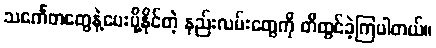
သင်္ကေတတွေနဲ့ပေးပို့နိုင်တဲ့ နည်းလမ်းတွေကို တီထွင်ခဲ့ကြပါတယ်။